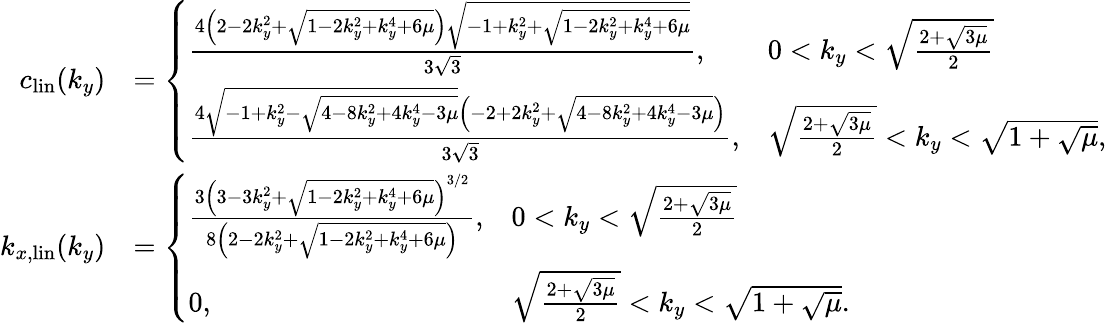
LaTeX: \begin{array}{rl}{c_{\mathrm{lin}}(k_{y})}&{=\left\{ \begin{array}{ll}{\frac{4\left(2-2k_{y}^{2}+\sqrt{1-2k_{y}^{2}+k_{y}^{4}+6\mu}\right)\sqrt{-1+k_{y}^{2}+\sqrt{1-2k_{y}^{2}+k_{y}^{4}+6\mu}}}{3\sqrt{3}},}&{0<k_{y}<\sqrt{\frac{2+\sqrt{3\mu}}{2}}}\\ {\frac{4\sqrt{-1+k_{y}^{2}-\sqrt{4-8k_{y}^{2}+4k_{y}^{4}-3\mu}}\left(-2+2k_{y}^{2}+\sqrt{4-8k_{y}^{2}+4k_{y}^{4}-3\mu}\right)}{3\sqrt{3}},}&{\sqrt{\frac{2+\sqrt{3\mu}}{2}}<k_{y}<\sqrt{1+\sqrt{\mu}},}\end{array}\right.}\\ {k_{x,\mathrm{lin}}(k_{y})}&{=\left\{ \begin{array}{ll}{\frac{3\left(3-3k_{y}^{2}+\sqrt{1-2k_{y}^{2}+k_{y}^{4}+6\mu}\right)^{3/2}}{8\left(2-2k_{y}^{2}+\sqrt{1-2k_{y}^{2}+k_{y}^{4}+6\mu}\right)},}&{0<k_{y}<\sqrt{\frac{2+\sqrt{3\mu}}{2}}}\\ {0,}&{\sqrt{\frac{2+\sqrt{3\mu}}{2}}<k_{y}<\sqrt{1+\sqrt{\mu}}.}\end{array}\right.}\end{array}